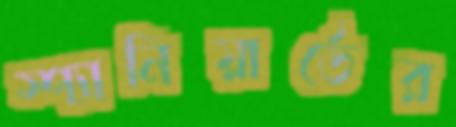
স্প্যানিয়ার্ডের